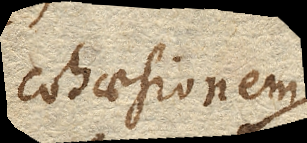
cohaesionem.